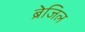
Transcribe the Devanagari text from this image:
ब्रेजिल